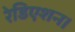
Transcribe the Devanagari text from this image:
रेडिएशन।